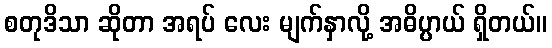
စတုဒိသာ ဆိုတာ အရပ် လေး မျက်နှာလို့ အဓိပ္ပာယ် ရှိတယ်။